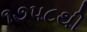
૧૭૫૮થી